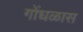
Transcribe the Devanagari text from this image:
गोंधळास